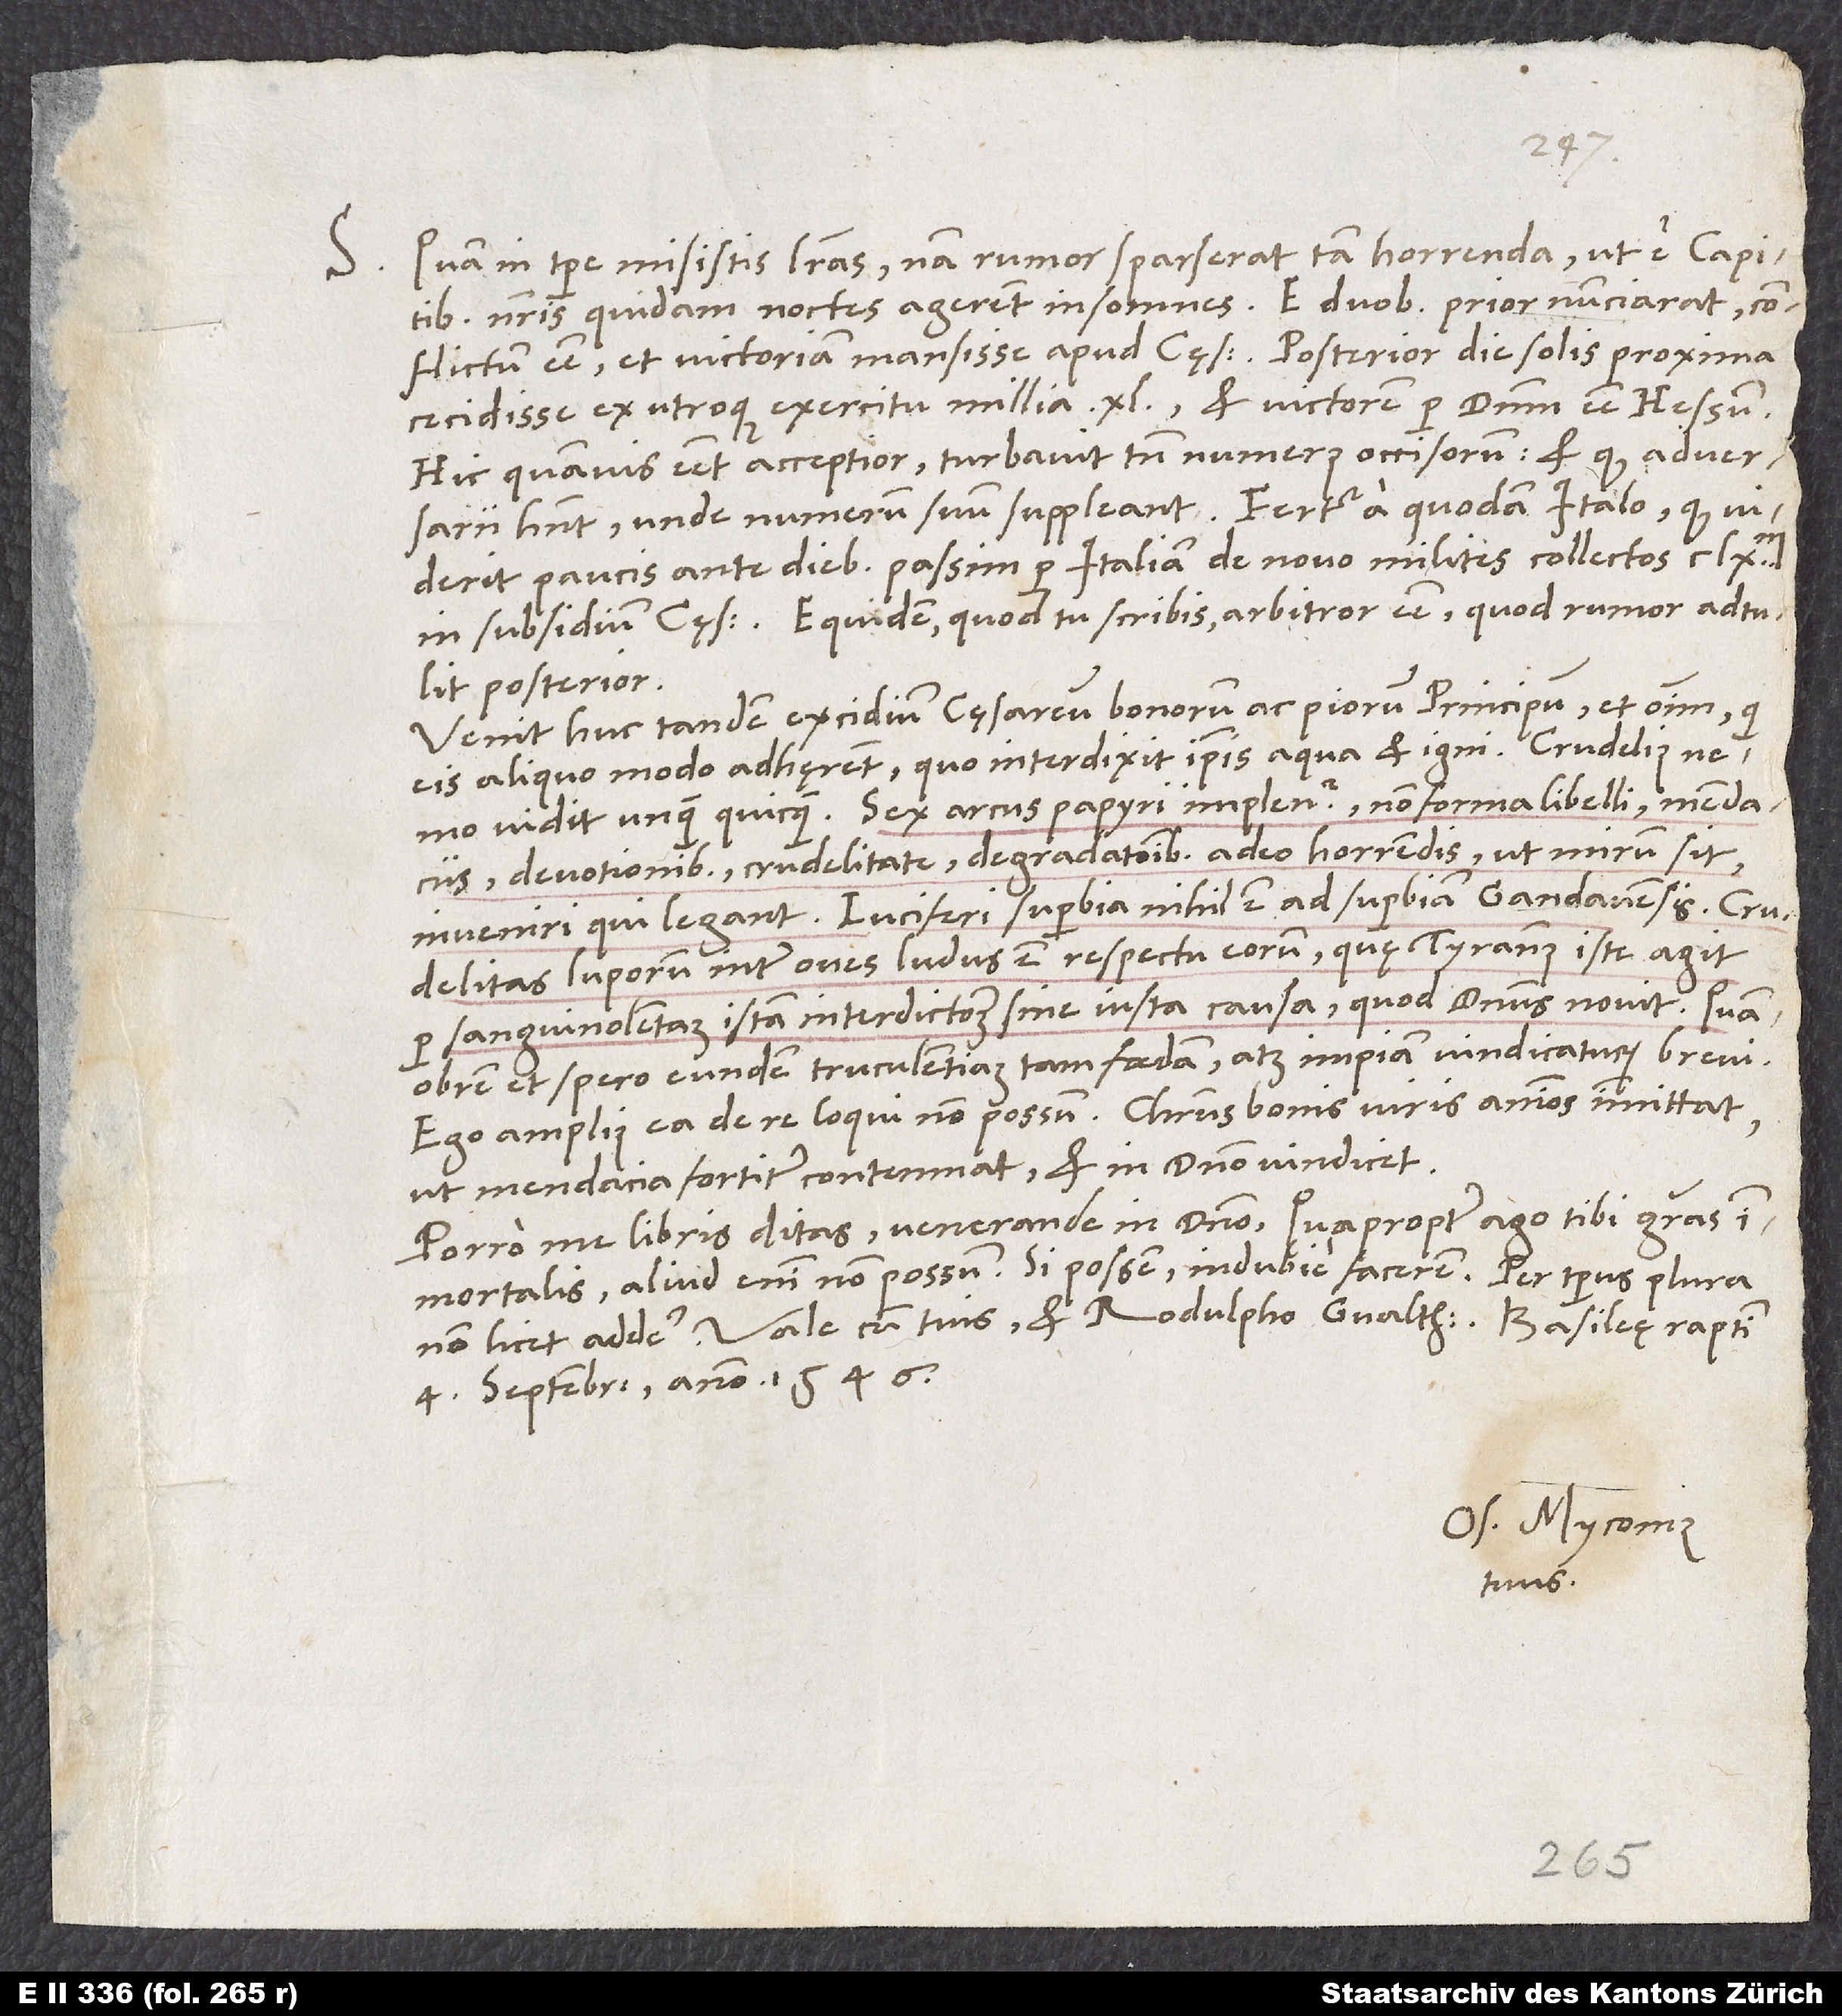
S. Quam in tempore misistis literas! Nam rumor sparserat tam horrenda, ut e capitibus
nostris quidam noctes agerent insomnes. E duobus prior nunciarat conflictum
esse et victoriam mansisse apud cęsarem. Posterior die solis proxima
cecidisse ex utroque exercitu millia 40 et victorem per dominum esse Hessum.
Hic quamvis esset acceptior, turbavit tamen numerus occisorum, et quod adversarii
viderit paucis ante diebus passim per Italiam de novo milites collectos
in subsidium cęsaris. Equidem, quod tu scribis, arbitror esse, quod rumor adtulit
posterior.
Venit huc tandem excidium cęsareum bonorum ac piorum principum et omnium, qui
eis aliquo modo adhęrent, quo interdixit ipsis aqua et igni.
vidit unquam quicquam. Sex arcus papyri implentur (non forma libelli) mendaciis,
devotionibus, crudelitate, degradationibus adeo horrendis, ut mirum sit
inveniri, qui legant. Luciferi superbia nihil est ad superbiam Gandavensis. Crudelitas
luporum inter oves ludus est respectu eorum, quę tyrannus iste agit
per sanguinolentam istam interdictionem sine iusta causa; quod dominus novit! Quamobrem
et spero eundem truculentiam tam foedam atque impiam vindicaturum brevi.
Ego amplius ea de re loqui non possum. Christus bonis viris animos immittat,
ut mendacia fortiter contemnat et in domino vindicet.
Porro me libris ditas, venerande in domino! Quapropter ago tibi gratias
immortales; aliud enim non possum. Si possem, indubie facerem. Per tempus plura
Vale cum tuis et Rodulpho Gvalthero. Basileę, raptim,
4. septembris anno 1546.
Os. Myconius
tuus.